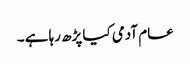
عام آدمی کیا پڑھ رہا ہے ۔